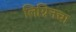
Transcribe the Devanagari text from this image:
लिग्निनचा